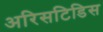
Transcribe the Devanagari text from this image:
अरिसटिडिस